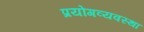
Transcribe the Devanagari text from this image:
प्रयोगव्यवस्था